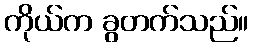
ကိုယ်က ခွတက်သည်။